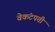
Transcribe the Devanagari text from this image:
वेकंटपती